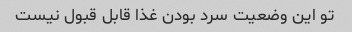
تو این وضعیت سرد بودن غذا قابل قبول نیست